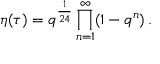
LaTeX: \eta ( \tau ) = q ^ { \frac { 1 } { 2 4 } } \prod _ { n = 1 } ^ { \infty } ( 1 - q ^ { n } ) \, .